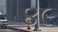
૪૯